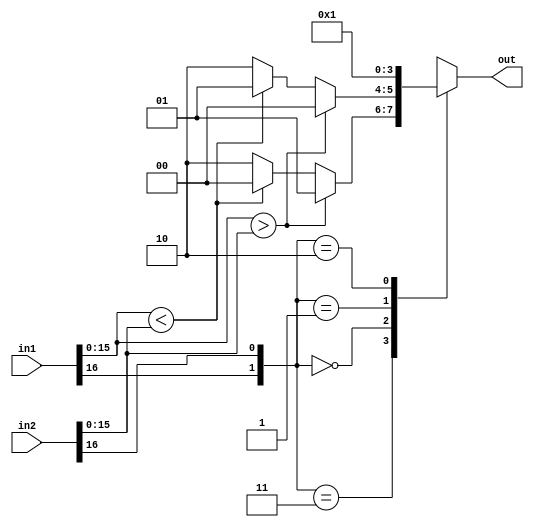
module comparator (in1,in2,out);
input [16:0]in1,in2;
output reg [1:0]out=2;
always@(*)
begin
	case ({in1[16],in2[16]})
	2'b11:out=in1[15:0]>in2[15:0]?1:
				 in1[15:0]<in2[15:0]?0:2;
	2'b00:out=in1[15:0]>in2[15:0]?0:
				 in1[15:0]<in2[15:0]?1:2;
	2'b01:out=0;
	2'b10:out=1;
	endcase
end
endmodule